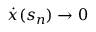
\dot { { \boldsymbol x } } ( s _ { n } ) \to 0